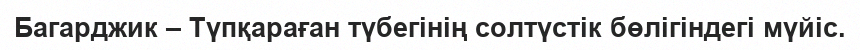
Багарджик – Түпқараған түбегінің солтүстік бөлігіндегі мүйіс.